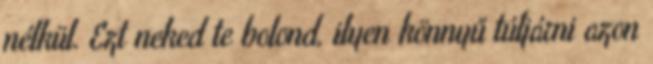
nélkül. Ezt neked te bolond, ilyen könnyű túljárni azon